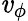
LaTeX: \mathit{v}_{\phi}